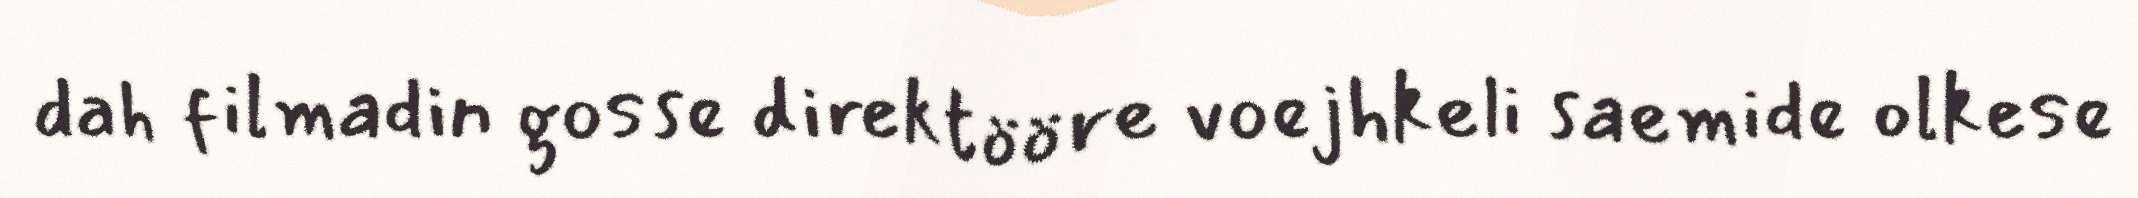
dah filmadin gosse direktööre voejhkeli saemide olkese